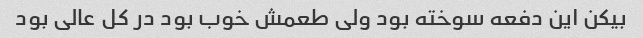
بیکن این دفعه سوخته بود ولی طعمش خوب بود در کل عالی بود